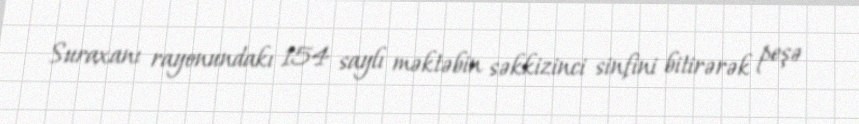
Suraxanı rayonundakı 154 saylı məktəbin səkkizinci sinfini bitirərək peşə